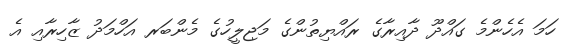
ހަމަ އެހެންމެ ގައްދޫ ދާއިރާގެ ރައްޔިތުންގެ މަޖިލީހުގެ މެންބަރ އަހްމަދު ޒާހިރާއި އެ